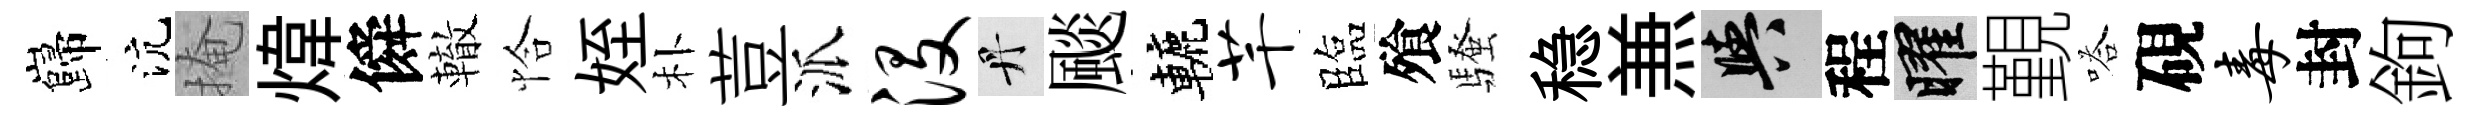
巋沆掩煒僢轍恰姪朴荳派没丹颷轆芊臨飱騷稳𠔥阳程曜覲嗒硯毒封鉤